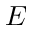
E